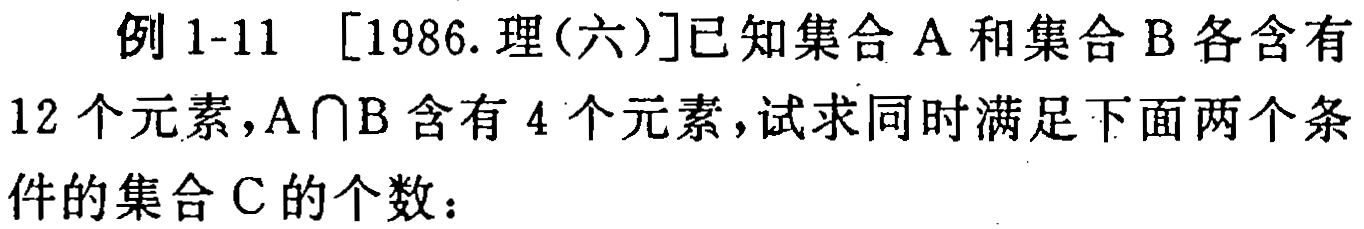
例 1-11 [1986.理(六)]已知集合 A 和集合 B 各含有12 个元素，$A\cap B$含有 4 个元素，试求同时满足下面两个条件的集合 C 的个数：